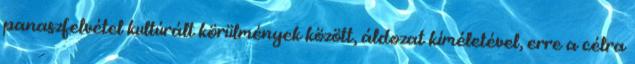
panaszfelvétel kultúrált körülmények között, áldozat kíméletével, erre a célra